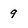
Character: 9